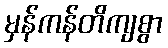
မှန်ကန်တိကျစွာ